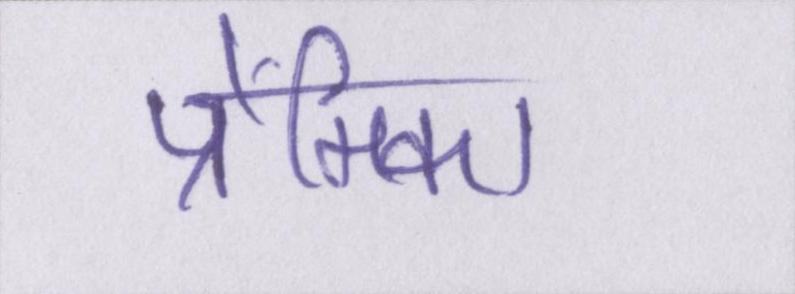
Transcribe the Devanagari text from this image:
प्रेमिका